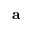
\mathbf a